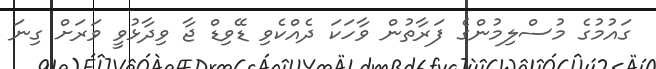
ގައުމުގެ މުސްލިމުންގެ ފަރާތުން ވާހަކަ ދެއްކެވި ޑޭވިޑް ޖާ ވިދާޅުވީ ވަރަށް ގިނަ